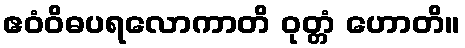
ဧဝံဝိဓပရလောကာတိ ဝုတ္တံ ဟောတိ။